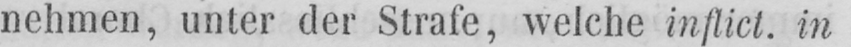
nehmen, unter der Strafe, welche inflict. in